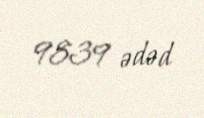
9839 ədəd